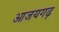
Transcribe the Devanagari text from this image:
आजयगढ़